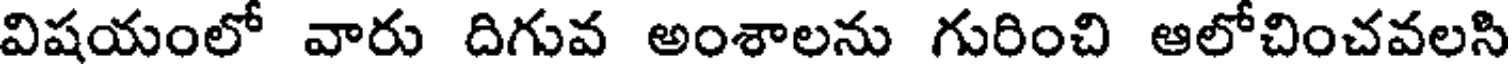
విషయంలో వారు దిగువ అంశాలను గురించి ఆలోచించవలసి